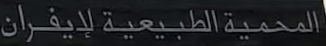
المحمية الطبيعية لإيفران